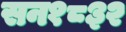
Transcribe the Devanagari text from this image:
सन१८३२